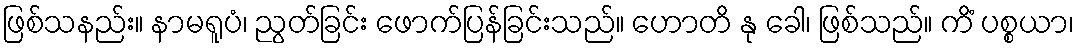
ဖြစ်သနည်း။ နာမရူပံ၊ ညွတ်ခြင်း ဖောက်ပြန်ခြင်းသည်။ ဟောတိ နု ခေါ၊ ဖြစ်သည်။ ကိံ ပစ္စယာ၊